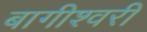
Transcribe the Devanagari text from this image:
बागीश्वरी